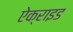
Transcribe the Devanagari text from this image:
ऐक्राइड